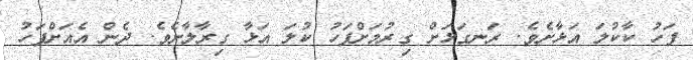
ފަހު ކާކުލަ އަޅާށެވެ. ރަނގަޅަށް ގިރުމަށްފަހު ކުލަ އަޅާ ގިރާލާށެވެ. ދެން އެއަށްފަހު